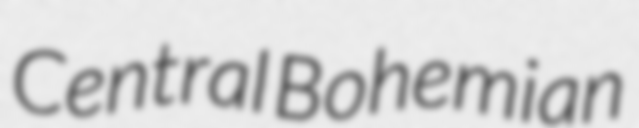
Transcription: Central Bohemian